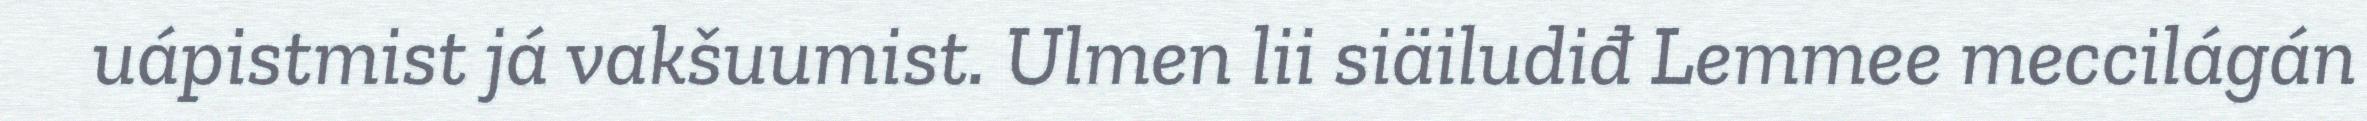
uápistmist já vakšuumist. Ulmen lii siäiludiđ Lemmee meccilágán